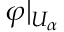
\varphi | _ { U _ { \alpha } }